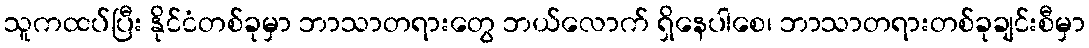
သူကထပ်ပြီး နိုင်ငံတစ်ခုမှာ ဘာသာတရားတွေ ဘယ်လောက် ရှိနေပါစေ၊ ဘာသာတရားတစ်ခုချင်းစီမှာ